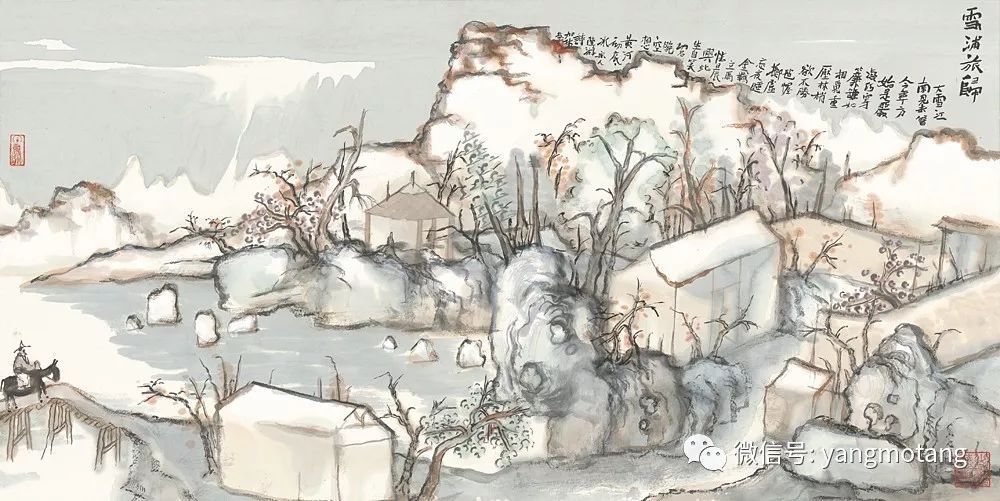
昨夜醉眠西浦月。今宵独钓南溪雪。